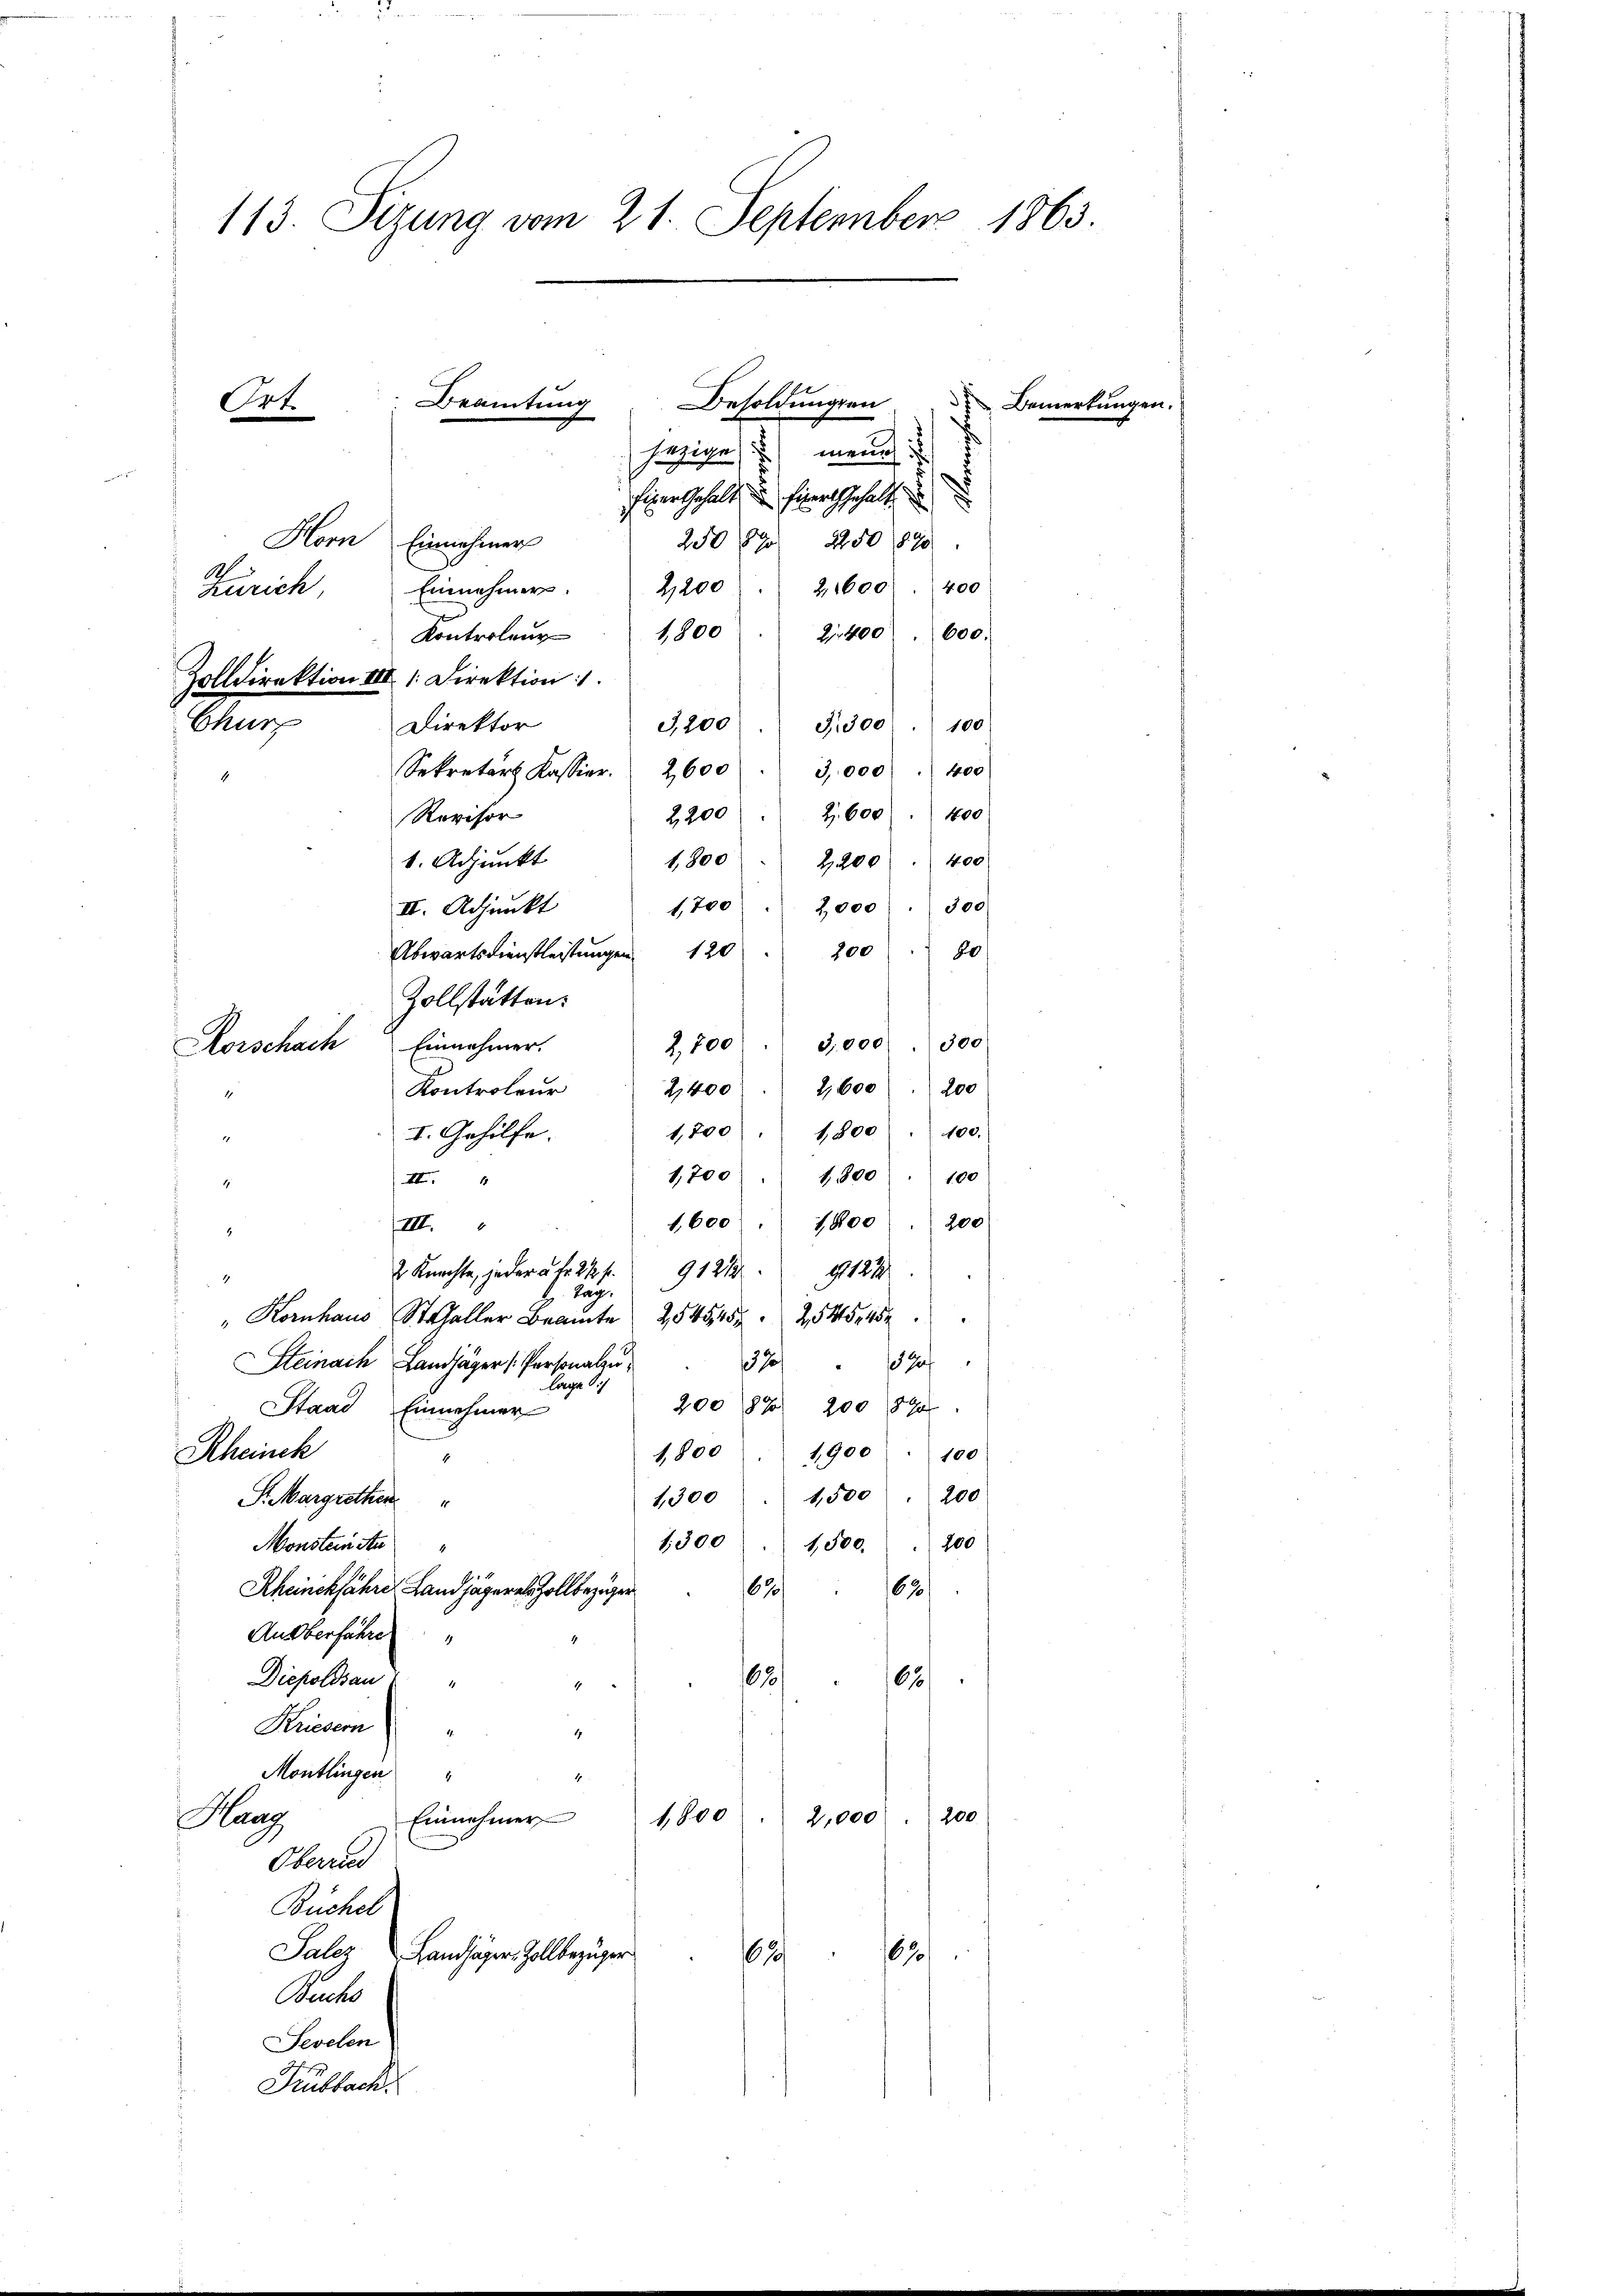
113. Sizung vom 21. September 1863
Beamtung
Besoldungen Bemerkungen.
Ort.
.
fähige meines

Churz

1
4

.
figer Gehalt in hiert gehalt
Horn Einnahmer
250 f 2250 890
1
400
2,600
Einnehmer.
2,200
Zürich
2400. 600.
Kontroleur 1800
Zolldirektion III 1. Direktion
Direktor
3,200. 3300
100
Sekretärs Kassier. 2600  3,000 " 400
2,200 " Z. 600 " 1000
Revisor
1. Adjunkt
100
II. Adjunkt
80
Abwartsdienstleistungen 120
Zollstätten.
Kontroleur
I. Gehilfe.
100
1,700 " 1500
II
.
1,600 " 1000. 200
4.122
9121.
2 Knachte, jeder à Fr. 24 s.
4
Tag.
 Kornhaus aller am 25548 254
Steinach Landjäger Personalzu
3787
lage
20089 200 890
Stand Einnehmer
Rheinch
1,900100
1,800
1,500 " 200
S. Margrethen
1,300
1
200
1,300
1,500.
Monstein An
620
Rheinckfahre Landjägeres Zollbezuger
162
Anoberfahre
62
Diepoldsau
670
4
Kriesern
4
Montlingen
4
Han
Einnehmer
1800 " 2,000. 200
Oberne
Büchel
Palez Landjäger, Zollbezuger
67
62
Buchs
Sevelen
Hubbach.

Horschach Einnahmer.

III.

2,200 " 400
1,800
1,700 " 2,000
100
Z. 700 " 3,000 300
2,600 200
2,400
1,200. 1800 " 100.